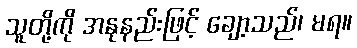
သူတို့ကို အနုနည်းဖြင့် ချော့သည်၊ မရ။